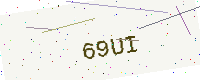
Text: 69UI